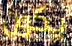
يكون